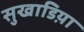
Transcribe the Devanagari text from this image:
सुखाडिय़ा